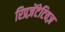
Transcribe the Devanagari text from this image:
रिप्रज़ेंटेटिवज़